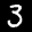
Label: 3